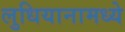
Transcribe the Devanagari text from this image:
लुधियानामध्ये